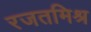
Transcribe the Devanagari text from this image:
रजतमिश्र